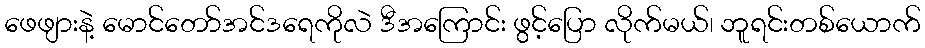
ဖေဖျားနဲ့ မောင်တော်အင်ဒရေကိုလဲ ဒီအကြောင်း ဖွင့်ပြော လိုက်မယ်၊ ဘူရင်းတစ်ယောက်